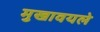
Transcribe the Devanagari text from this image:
मुखावयले